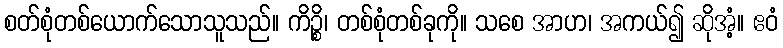
စတ်စုံတစ်ယောက်သောသူသည်။ ကိဉ္စိ၊ တစ်စုံတစ်ခုကို။ သစေ အာဟ၊ အကယ်၍ ဆိုအံ့။ ဧဝံ